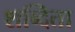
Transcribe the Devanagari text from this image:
शब्दिता